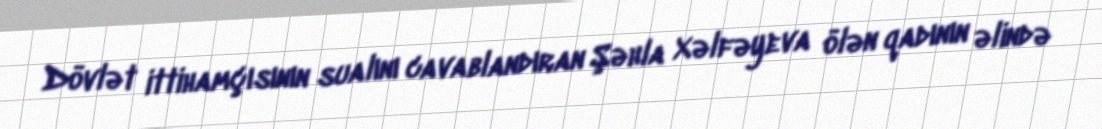
Dövlət ittihamçısının sualını cavablandıran Şəhla Xəlfəyeva ölən qadının əlində